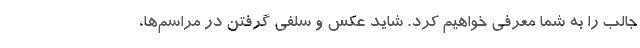
جالب را به شما معرفی خواهیم کرد. شاید عکس و سلفی گرفتن در مراسم‌ها،